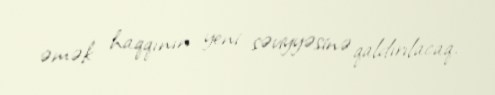
əmək haqqının yeni səviyyəsinə qaldırılacaq.